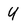
Character: U